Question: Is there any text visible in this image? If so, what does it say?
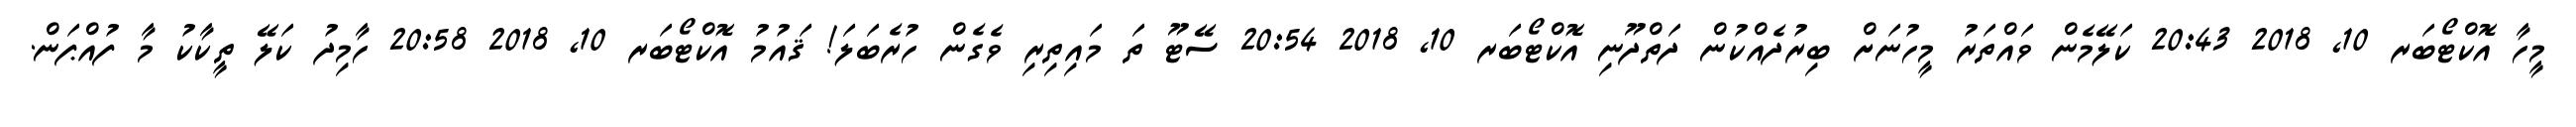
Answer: މީހާ އޮކްޓޯބަރ 10, 2018 20:43 ކަލޭމެން ވައްތަރު މީހުނަށް ބިރުދެއްކުން ދަތްދޫނި އޮކްޓޯބަރ 10, 2018 20:54 ސޭޓޫ ތަ މައިތިރި ވެގެން ހުރެބަލަ! ޤައުމު އޮކްޓޯބަރ 10, 2018 20:58 ހާމިދު ކަލޭ ތީކާކު މާ ފުއްޕަން.